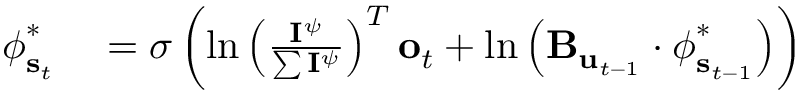
\begin{array} { r l } { \boldsymbol { \phi } _ { \mathbf { s } _ { t } } ^ { * } } & { { } = \sigma \left( \ln \left( \frac { \mathbf { I } ^ { \psi } } { \sum \mathbf { I } ^ { \psi } } \right) ^ { T } \mathbf { o } _ { t } + \ln \left( \mathbf { B } _ { \mathbf { u } _ { t - 1 } } \cdot \boldsymbol { \phi } _ { \mathbf { s } _ { t - 1 } } ^ { * } \right) \right) } \end{array}